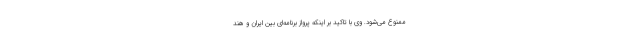
ممنوع می‌شود. وی با تاکید بر اینکه پرواز برنامه‌ای بین ایران و هند